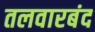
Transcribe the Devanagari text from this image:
तलवारबंद